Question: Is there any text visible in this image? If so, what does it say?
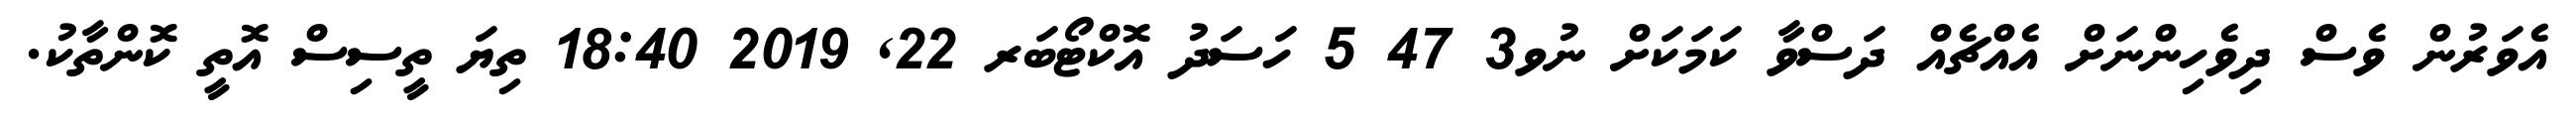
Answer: އެވަރުން ވެސް ދިވެހިންނަށް އެއްޗެއް ދަސްވާ ކަމަކަށް ނުވ3 47 5 ހަސަދު އޮކްޓޯބަރ 22, 2019 18:40 ތިޔަ ތީސިސް އޮތީ ކޮންތާކު.